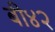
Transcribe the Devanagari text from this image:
बी४२